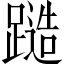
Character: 𨄹